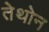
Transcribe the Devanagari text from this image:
तेथोन